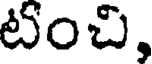
టంచి,